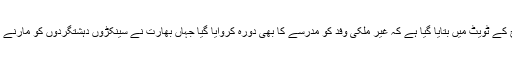
ترجمان پاک فوج کے ٹویٹ میں بتایا گیا ہے کہ غیر ملکی وفد کو مدرسے کا بھی دورہ کروایا گیا جہاں بھارت نے سینکڑوں دہشتگردوں کو مارنے کا دعویٰ کیا تھا۔